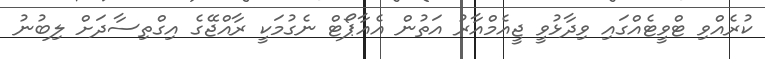
ކުރެއްވި ޓްވީޓެއްގައި ވިދާޅުވީ ޖީއެމްއާރު އަތުން އެއާޕޯޓް ނެގުމަކީ ރާއްޖޭގެ އިގްތިސާދަށް ލިބުނު